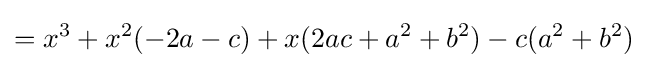
=x^{3}+x^{2}(-2a-c)+x(2ac+a^{2}+b^{2})-c(a^{2}+b^{2})